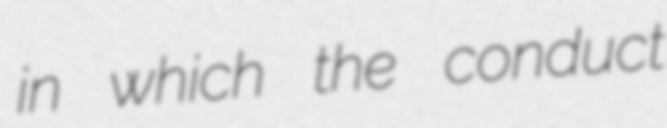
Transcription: in which the conduct